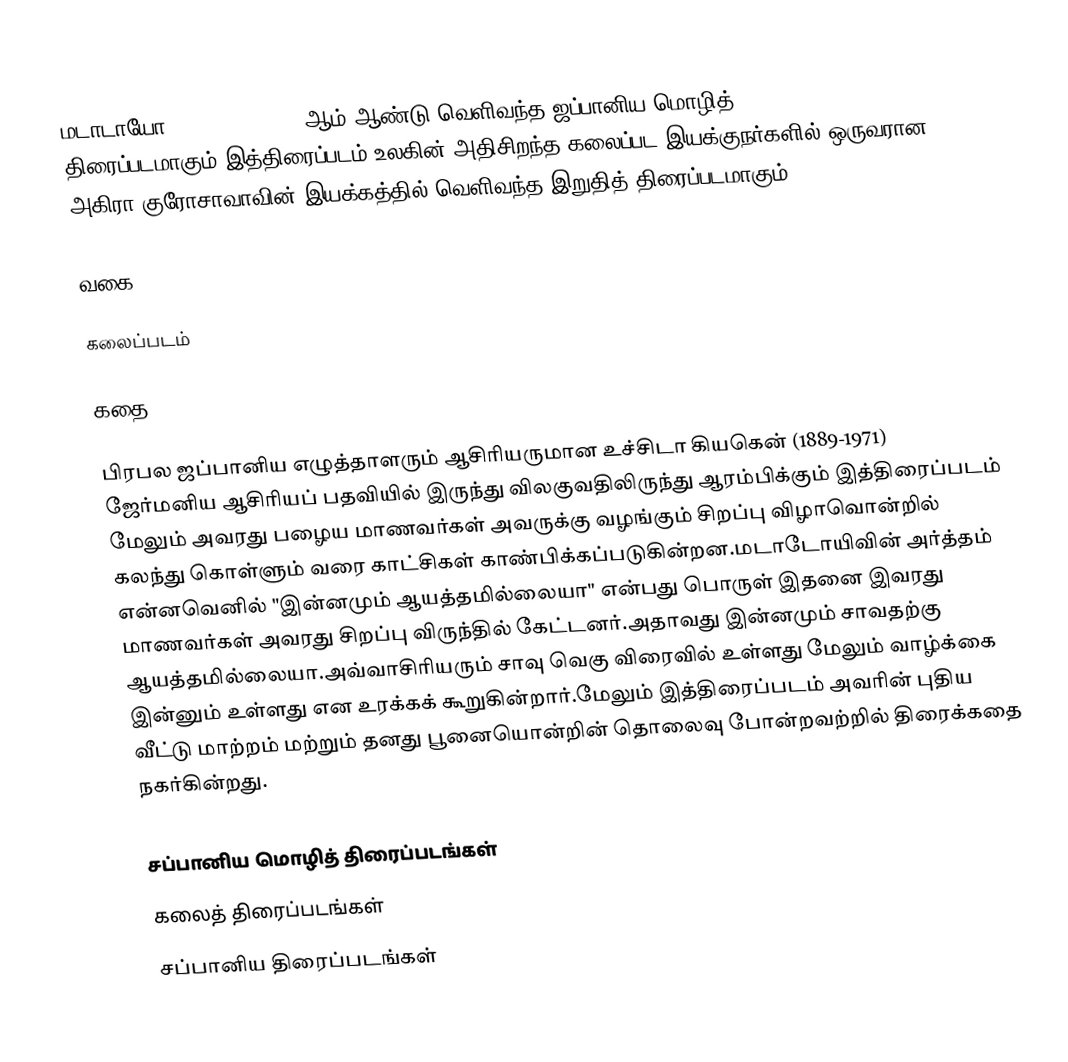
மடாடாயோ (Madadayo) 1993 ஆம் ஆண்டு வெளிவந்த ஜப்பானிய மொழித் திரைப்படமாகும்.இத்திரைப்படம் உலகின் அதிசிறந்த கலைப்பட இயக்குநர்களில் ஒருவரான அகிரா குரோசாவாவின் இயக்கத்தில் வெளிவந்த இறுதித் திரைப்படமாகும்.

வகை

கலைப்படம்

கதை

பிரபல ஜப்பானிய எழுத்தாளரும் ஆசிரியருமான உச்சிடா கியகென் (1889-1971) ஜேர்மனிய ஆசிரியப் பதவியில் இருந்து விலகுவதிலிருந்து ஆரம்பிக்கும் இத்திரைப்படம் மேலும் அவரது பழைய மாணவர்கள் அவருக்கு வழங்கும் சிறப்பு விழாவொன்றில் கலந்து கொள்ளும் வரை காட்சிகள் காண்பிக்கப்படுகின்றன.மடாடோயிவின் அர்த்தம் என்னவெனில் "இன்னமும் ஆயத்தமில்லையா" என்பது பொருள் இதனை இவரது மாணவர்கள் அவரது சிறப்பு விருந்தில் கேட்டனர்.அதாவது இன்னமும் சாவதற்கு ஆயத்தமில்லையா.அவ்வாசிரியரும் சாவு வெகு விரைவில் உள்ளது மேலும் வாழ்க்கை இன்னும் உள்ளது என உரக்கக் கூறுகின்றார்.மேலும் இத்திரைப்படம் அவரின் புதிய வீட்டு மாற்றம் மற்றும் தனது பூனையொன்றின் தொலைவு போன்றவற்றில் திரைக்கதை நகர்கின்றது.

சப்பானிய மொழித் திரைப்படங்கள்
கலைத் திரைப்படங்கள்
சப்பானிய திரைப்படங்கள்